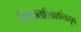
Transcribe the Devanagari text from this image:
चित्रकलाशिक्षकांकडून